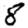
Digit: 8